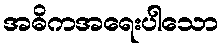
အဓိကအရေးပါသော